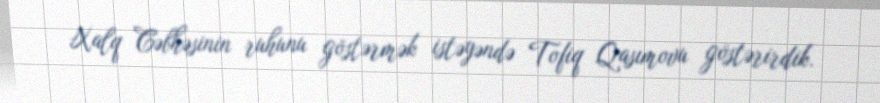
Xalq Cəbhəsinin ruhunu göstərmək istəyəndə Tofiq Qasımovu göstərirdik.